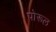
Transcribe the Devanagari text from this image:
पोरूल